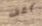
كشف